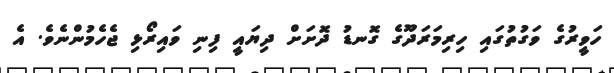
ހަވީރުގެ ވަގުތުގައި ހިރިމަރަދޫގެ ގޮނޑު ދޮށަށް ދިޔައީ ފިނި ވައިރޯޅި ޖެހެމުންނެވެ. އެ